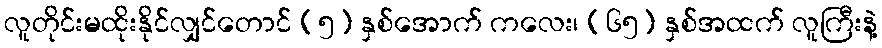
လူတိုင်းမထိုးနိုင်လျှင်တောင် (၅) နှစ်အောက် ကလေး၊ (၆၅) နှစ်အထက် လူကြီးနဲ့